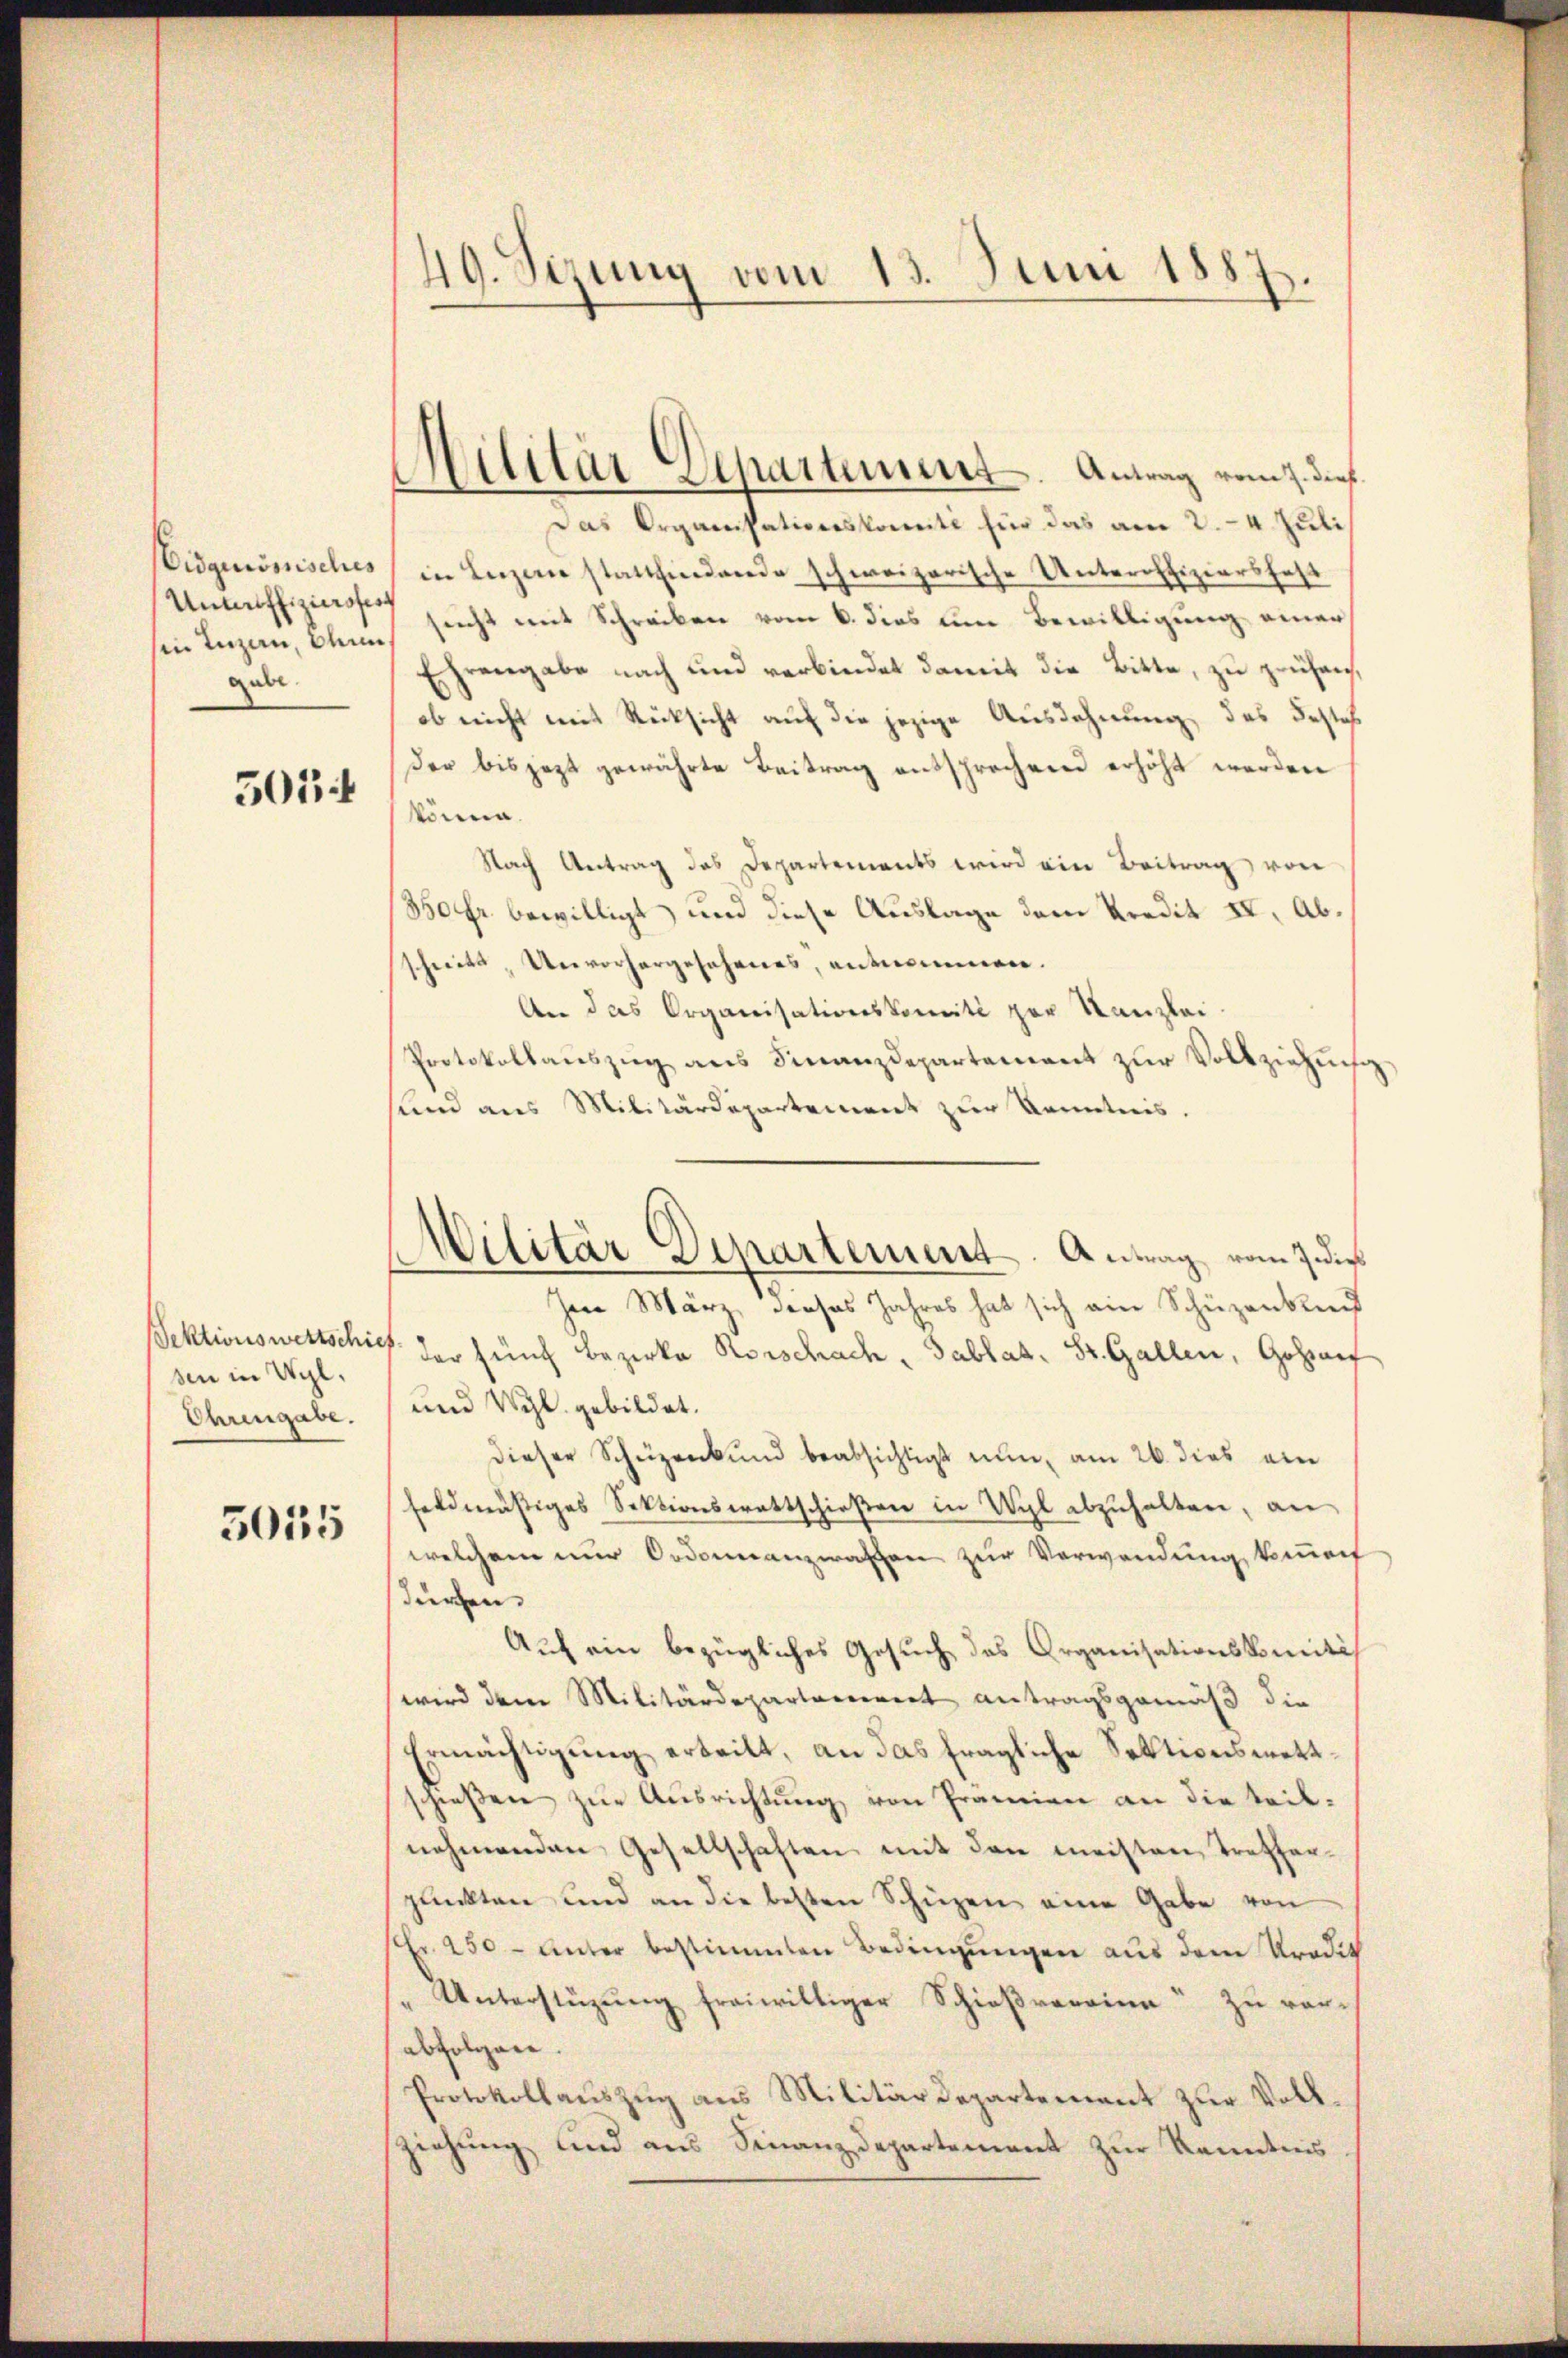
isquionisches
Unteroffiziersfer
gabe.

501

Sektionswertschief
sen in Wyl,
Ehrengabe.

3035

49. Sizung vom 13. Juni 1887.

Militär Departement. Antrag vom 7. dieß

Cilitärdepartement. Antrag vom 7 dies

Das Organisationskomité für das am 2. 4. Juli
in Luzern stattfindende schweizerische Unteroffiziershaft
in Inzau, Blum, sucht mit Schreiben vom 6. dies um Bewilligung einer
Ehrengabe nach und verbindet damit die Bitte, zu prüfen,
ob nicht mit Rücksicht auf die jezige Ausdehnung, das Jestehe
der bis jezt gewährte Beitrag entsprechend erhöht werden
könne.
Nach Antrag des Departements wird ein Beitrag von
350 Fr. bewilligt, und diese Auslage dem Kredit II, Abschreits, Unvorhergesehenes, entnommen.
An das Organisationskomité par Kanzlei
Protokollauszug aus Finanzdepartement zur Vollziehung
sund aus Militärdepartement zur Kenntnis.
Jene März, dieses Jahres hat sich ein Schüzankend
der fünf Bezirke Rorschach, Tablat. St. Gallen, Gohrauf
und Vgl. gebildet.
dieser Schüzenkund beabsichtigt nun, am 26. dies ein
feldmäßiges Sektionswattschießen in Wyl abzuhalten, an
welchem nur Ordonnanzwaffen zur Verwendung kommen
Fürzen.
Auf ein bezügliches Gesuch das Organisationskomités
wird dem Militärdepartarierent antragsgemäß die
Ermächtigŭng erteilt, an das fragliche Sektionsmett
schießen zur Ausrichtung von Prämien an die teilnehmenden Gesellschaften mit den meisten Trefferpunkten und an die besten Schüzen eine Gabe von
Fr. 250 unter bestimmten Bedingŭngen aus dem Kredit
" Unterstüzung freiwilliger Schießrerrina zu ver-
abfolgen.
Protokollauszug aus Militärdepartement zur Vollziehung und aus Finanzdepartement zur Kenntnis